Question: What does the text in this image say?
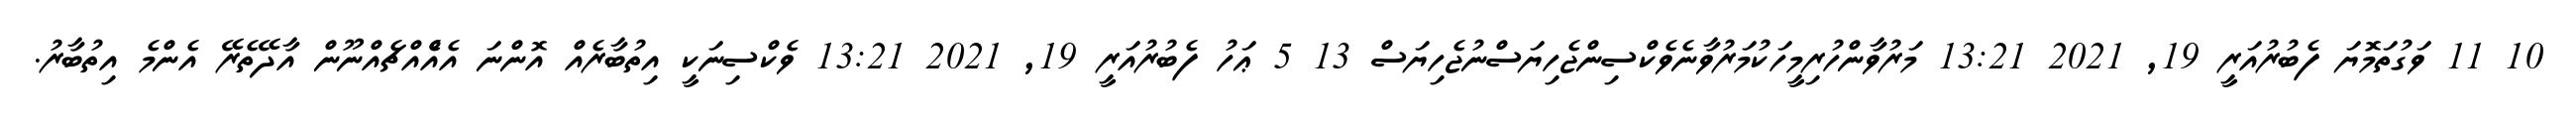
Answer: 10 11 ވަގުތަމޮޔަ ފެބުރުއަރީ 19, 2021 13:21 މަރުވާންހުރިމީހަކުމަރުވާނެވެކްސިންޖެހިޔަސްނުޖެހިޔަސް 13 5 ޢަހު ފެބުރުއަރީ 19, 2021 13:21 ވެކްސިނަކީ އިތުބާރެއް އޮންނަ އެއްެއްޗެއްނޫން އާދޭތެރޭ އެންމެ އިތުބާރު.